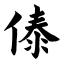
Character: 傣